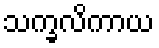
သက္ခလိကာယ